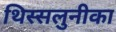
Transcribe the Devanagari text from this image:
थिस्सलुनीका